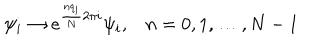
LaTeX: \psi _ { i } \to e ^ { \frac { n q _ { i } } { N } 2 \pi i } \psi _ { i } , n = 0 , 1 , \ldots , N - 1